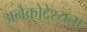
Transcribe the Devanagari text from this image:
अनेकोद्देश्यता